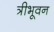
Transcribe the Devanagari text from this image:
त्रीभूवन